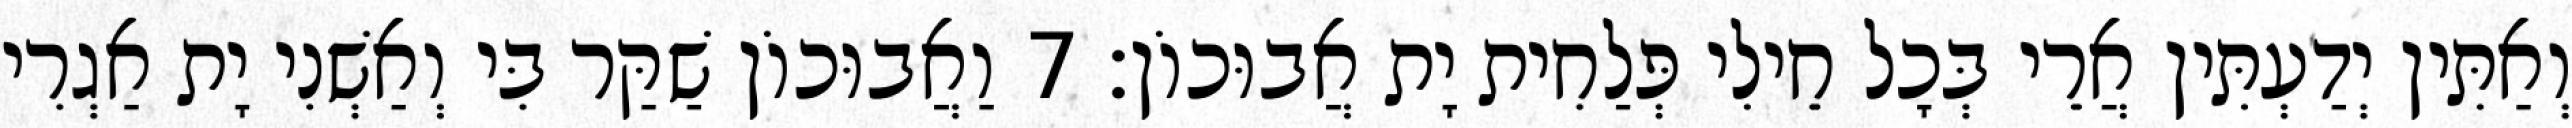
וְאַתִּין יְדַעְתִּין אֲרֵי בְּכָל חֵילִי פְּלַחִית יָת אֲבוּכוֹן׃ 7 וַאֲבוּכוֹן שַׁקַּר בִּי וְאַשְׁנִי יָת אַגְרִי